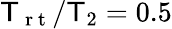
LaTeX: \mathsf{T}_{\mathrm{{~r~t~}}}/\mathsf{T}_{2}=0.5